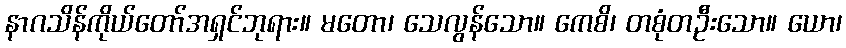
နာဂသိန်ကိုယ်တော်အရှင်ဘုရား။ မတော၊ သေလွန်သော။ ကေစိ၊ တစုံတဦးသော။ ယော၊